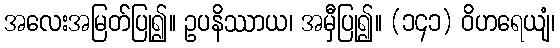
အလေးအမြတ်ပြု၍။ ဥပနိဿာယ၊ အမှီပြု၍။ (၁၄၁) ဝိဟရေယျံ၊